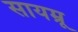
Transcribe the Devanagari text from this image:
सायम्रू